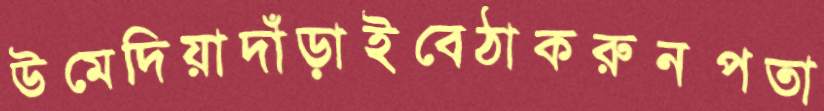
উমেদিয়াদাঁড়াইবেঠাকরুনপতা